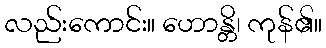
လည်းကောင်း။ ဟောန္တိ၊ ကုန်၏။